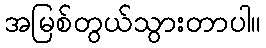
အမြစ်တွယ်သွားတာပါ။